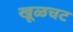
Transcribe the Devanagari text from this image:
खूळचट